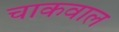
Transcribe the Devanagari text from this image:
चाकवाल